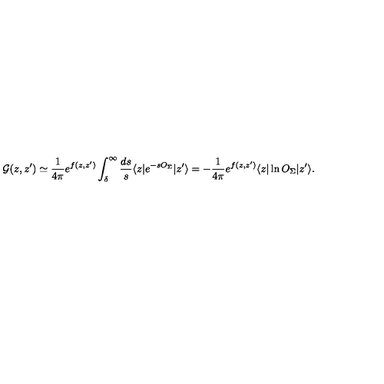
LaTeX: { \cal G } ( z , z ^ { \prime } ) \simeq { \frac { 1 } { 4 \pi } } e ^ { f ( z , z ^ { \prime } ) } \int _ { \delta } ^ { \infty } { \frac { d s } { s } } \langle z | e ^ { - s O _ { \Sigma } } | z ^ { \prime } \rangle = - { \frac { 1 } { 4 \pi } } e ^ { f ( z , z ^ { \prime } ) } \langle z | \ln O _ { \Sigma } | z ^ { \prime } \rangle .